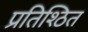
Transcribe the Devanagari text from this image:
प्रतिश्ठित